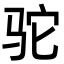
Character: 驼